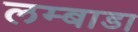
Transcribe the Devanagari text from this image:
लम्बाडा